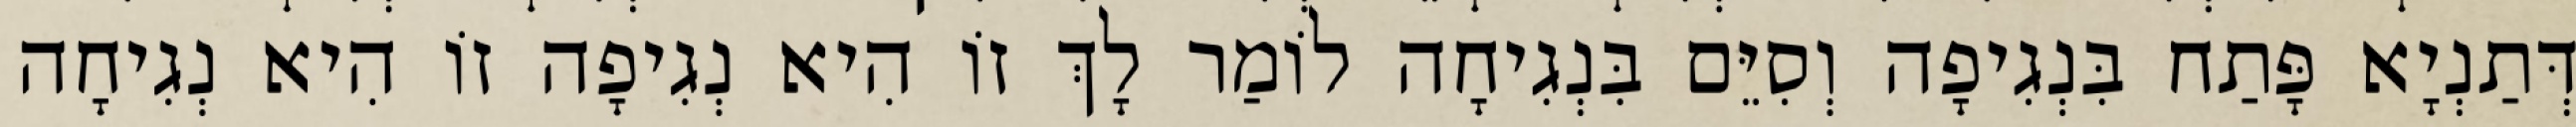
דְּתַנְיָא פָּתַח בִּנְגִיפָה וְסִיֵּם בִּנְגִיחָה לוֹמַר לָךְ זוֹ הִיא נְגִיפָה זוֹ הִיא נְגִיחָה